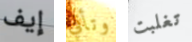
إيف وتأتي تغلبت